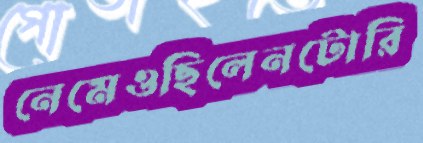
নেমেওছিলেনটোরি